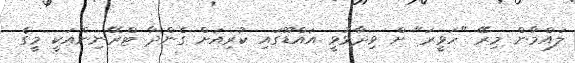
ލައްމާން މިރޭ "ހަވީރަ" ށް ވިދާޅުވީ އައްޑޫގައި ކުރިއަށް ގެންދާ ޓްރޭނިންއަކީ މީގެ